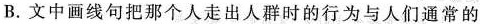
B.文中画线句把那个人走出人群时的行为与人们通常的